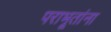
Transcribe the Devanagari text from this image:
पराभूतांना